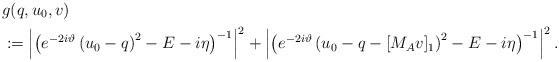
LaTeX: \begin{align*} & g(q,u_0,v) \\ & := \left| \left(e^{ - 2 i \vartheta} \left( u_0 - q \right) ^2 - E - i \eta \right)^{-1} \right|^2 + \left| \left(e^{ - 2 i \vartheta} \left( u_0 - q - [M_A v]_1\right) ^2 - E - i \eta \right)^{-1} \right|^2 . \end{align*}